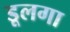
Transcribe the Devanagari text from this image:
डूलगा